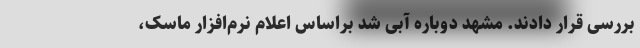
بررسی قرار دادند. مشهد دوباره آبی شد براساس اعلام نرم‌افزار ماسک،